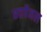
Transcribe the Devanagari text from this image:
छहपैनल